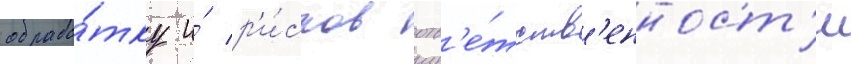
обрабо́тку и́ р'и́сков отв'е́тств'енност'и